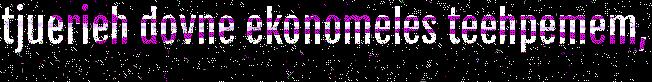
tjuerieh dovne ekonomeles teehpemem,